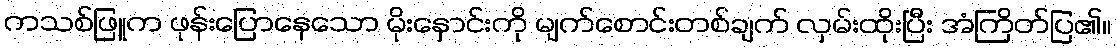
ကသစ်ဖြူက ဖုန်းပြောနေသော မိုးနှောင်းကို မျက်စောင်းတစ်ချက် လှမ်းထိုးပြီး အံကြိတ်ပြ၏။